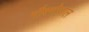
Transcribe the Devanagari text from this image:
गौरगोपाल